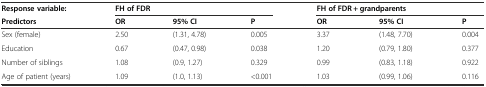
| Response variable: | <COLSPAN=3> FH of FDR | <COLSPAN=3> FH of FDR + grandparents |
 | Predictors | OR | 95% CI | P | OR | 95% CI | P |
 | --- | --- | --- | --- | --- | --- | --- |
 | Sex (female) | 2.50 | (1.31, 4.78) | 0.005 | 3.37 | (1.48, 7.70) | 0.004 |
 | Education | 0.67 | (0.47, 0.98) | 0.038 | 1.20 | (0.79, 1.80) | 0.377 |
 | Number of siblings | 1.08 | (0.9, 1.27) | 0.329 | 0.99 | (0.83, 1.18) | 0.922 |
 | Age of patient (years) | 1.09 | (1.0, 1.13) | <0.001 | 1.03 | (0.99, 1.06) | 0.116 |